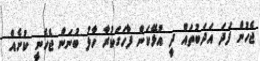
ޖެހުން ފަދަ އަދަބުތައް ދީ އުޅޭކަން ފާހަގަކުރާ ހާލު ބުނަން ޖެހެނީ ކުށެއް